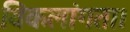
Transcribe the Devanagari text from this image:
विकलांगता।